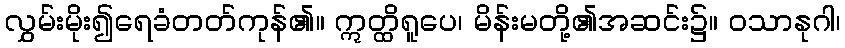
လွှမ်းမိုး၍ရေခံတတ်ကုန်၏။ ဣတ္ထိရူပေ၊ မိန်းမတို့၏အဆင်း၌။ ဝသာနုဂါ၊